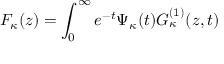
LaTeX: F _ { \kappa } ( z ) = \int _ { 0 } ^ { \infty } e ^ { - t } \Psi _ { \kappa } ( t ) G _ { \kappa } ^ { ( 1 ) } ( z , t )